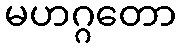
မဟဂ္ဂတော